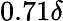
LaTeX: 0.71\delta